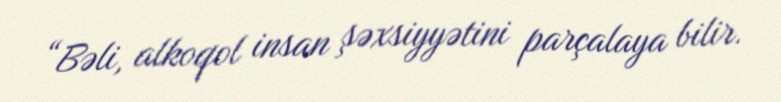
“Bəli, alkoqol insan şəxsiyyətini parçalaya bilir.